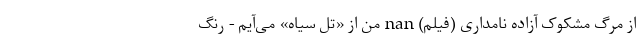
از مرگ مشکوک آزاده نامداری (فیلم) nan من از «تَلّ سیاه» می‌آیم - رنگ